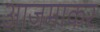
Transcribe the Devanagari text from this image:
आजमाकर